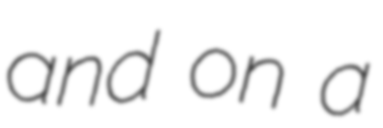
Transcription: and on a